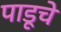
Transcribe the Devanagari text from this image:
पाडूचे